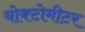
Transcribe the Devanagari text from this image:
योक्टोमीटर